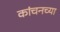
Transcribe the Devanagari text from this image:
कांचनच्या